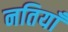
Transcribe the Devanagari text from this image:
नतियाँ